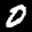
Label: 0